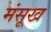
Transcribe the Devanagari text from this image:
मंसूख